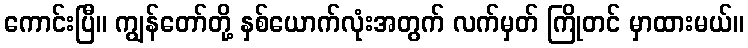
ကောင်းပြီ။ ကျွန်တော်တို့ နှစ်ယောက်လုံးအတွက် လက်မှတ် ကြိုတင် မှာထားမယ်။